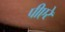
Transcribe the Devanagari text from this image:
पीएरे